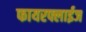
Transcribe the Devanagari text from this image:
फायरफ्लाईज